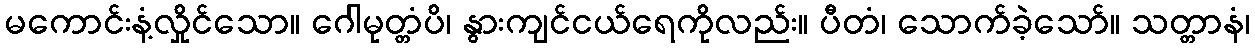
မကောင်းနံ့လှိုင်သော။ ဂေါမုတ္တံပိ၊ နွားကျင်ငယ်ရေကိုလည်း။ ပီတံ၊ သောက်ခဲ့သော်။ သတ္တာနံ၊